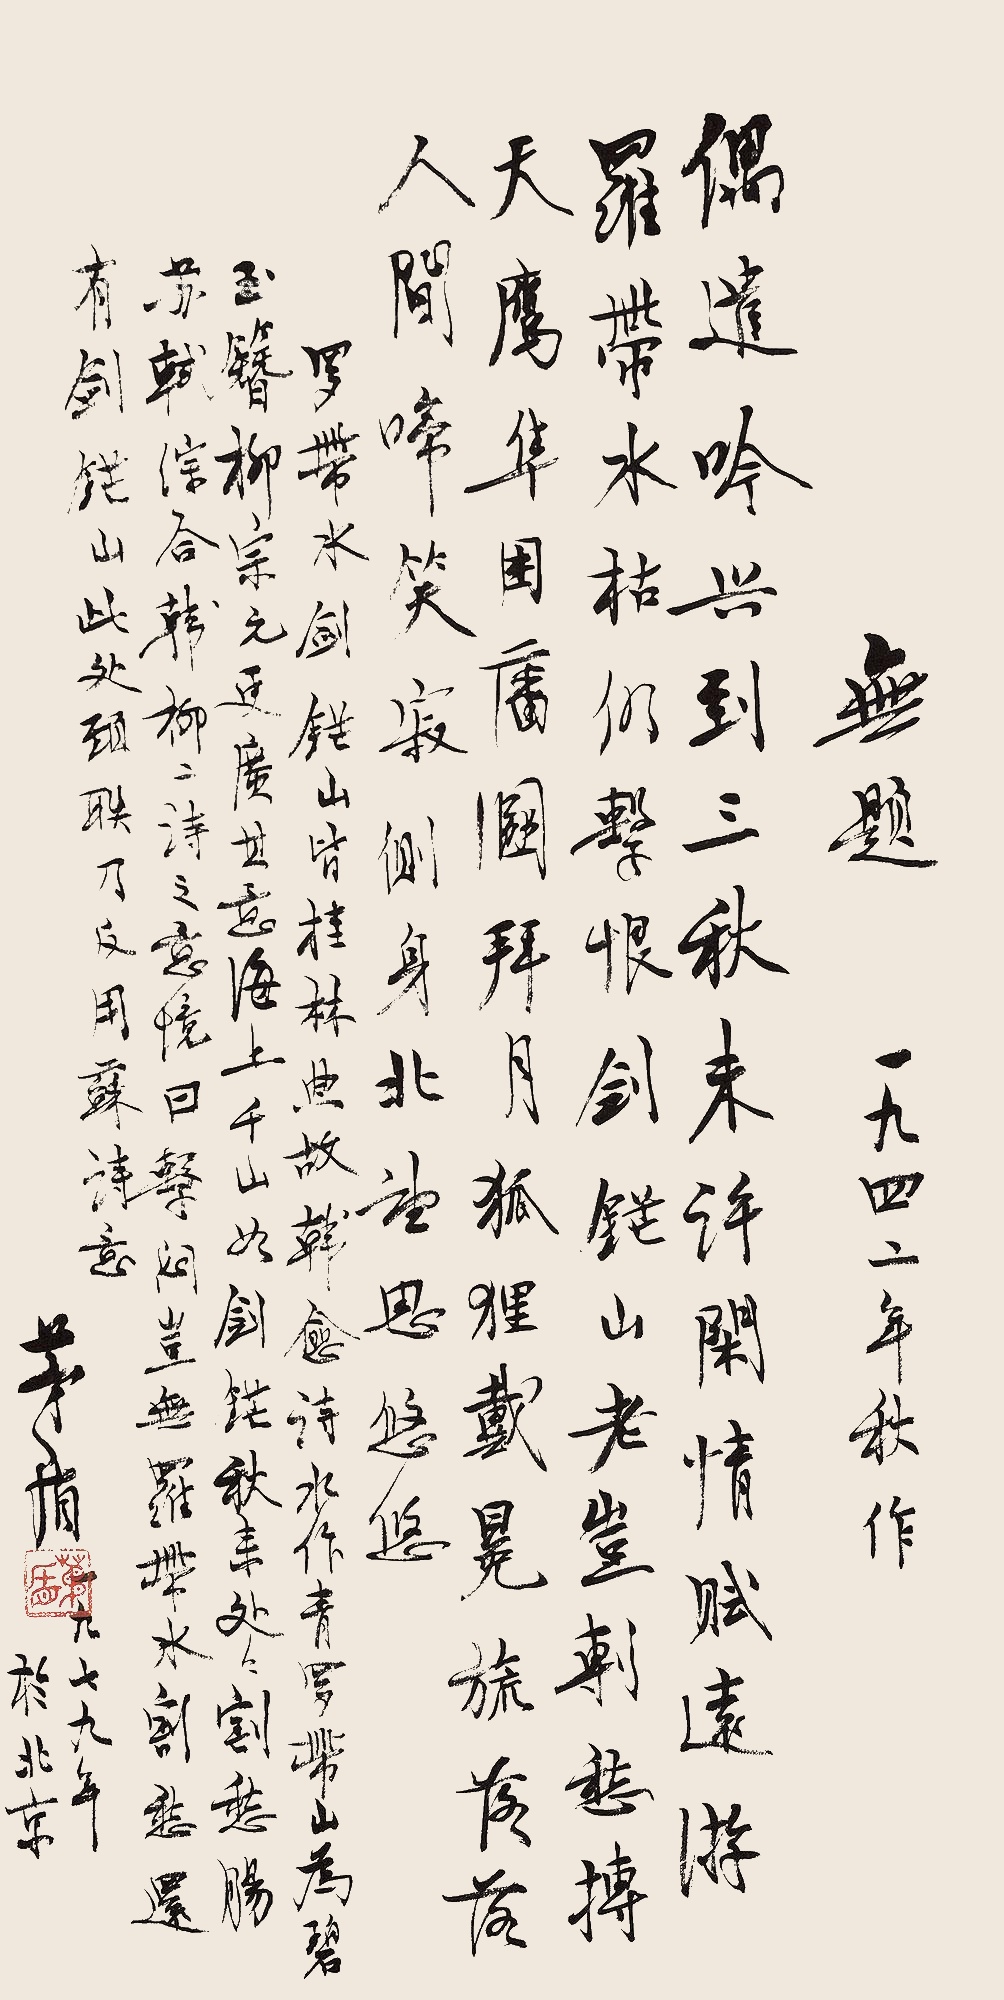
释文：《无题》。一九四二年秋作。偶遣吟兴到三秋，未许闲情赋远游。罗带水枯仍系恨，剑铓山老岂剸愁。搏天鹰隼困墙溷，拜月狐狸戴冕旒。落落人间啼笑寂，侧身北望思悠悠。罗带水、剑铓山，皆桂林典故。韩愈诗：“水作青罗带，山为碧玉簪。”柳宗元更广其意：“海上千山如剑铓，秋来处处割愁肠。”苏轼综合韩柳二诗之意境，曰：“系闷岂无罗带水，割愁还有剑铓山。”此处颈联乃反用苏诗意。茅盾，一九七九年于北京。